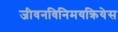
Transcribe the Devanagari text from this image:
जीवनविनिमयक्रियेस